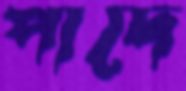
পাদে